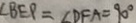
\angle B E P = \angle D F A = 9 0 ^ { \circ }